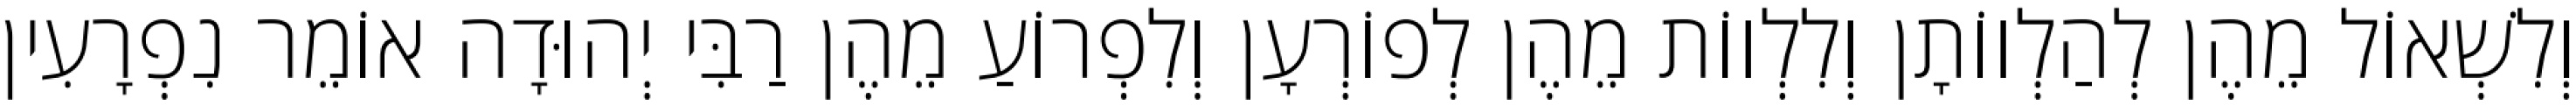
וְלִשְׁאוֹל מֵהֶן לְהַלְווֹתָן וְלִלְווֹת מֵהֶן לְפוֹרְעָן וְלִפְרוֹעַ מֵהֶן רַבִּי יְהוּדָה אוֹמֵר נִפְרָעִין